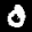
Label: 0